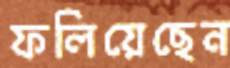
ফলিয়েছেন